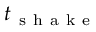
t _ { \mathrm { ~ s ~ h ~ a ~ k ~ e ~ } }